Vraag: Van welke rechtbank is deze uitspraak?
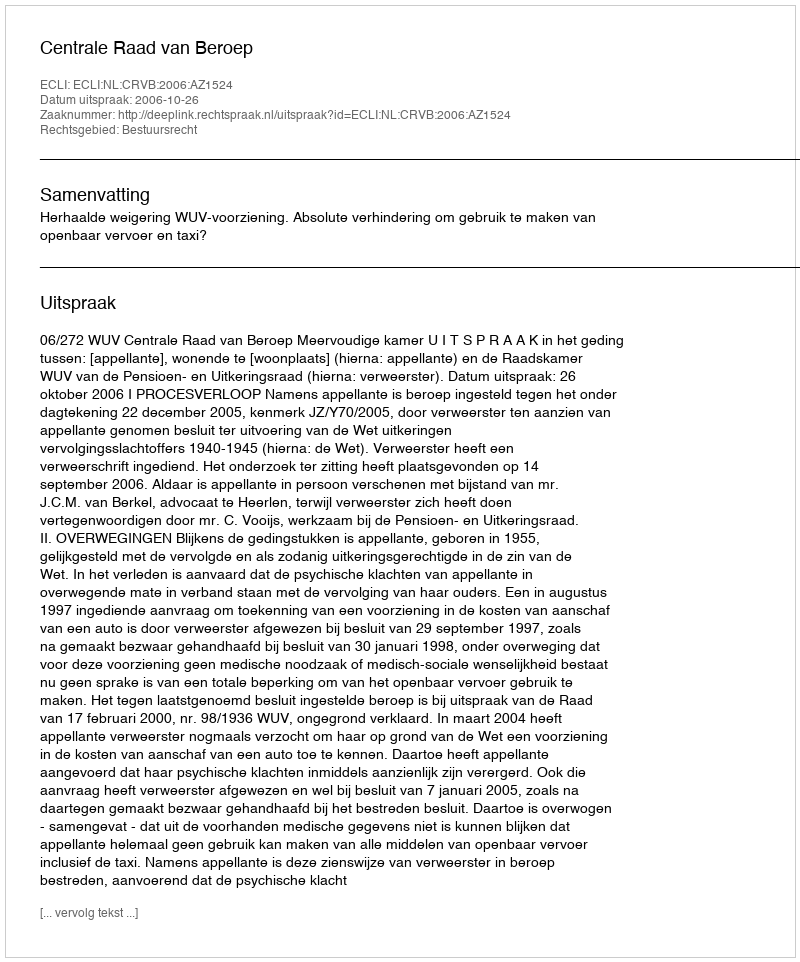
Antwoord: Centrale Raad van Beroep